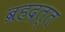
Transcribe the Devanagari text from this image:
ब्रहद्रत्त